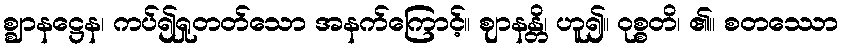
စ္ဈာနဋ္ဌေန၊ ကပ်၍ရှုတတ်သော အနက်ကြောင့်။ ဈာနန္တိ၊ ဟူ၍။ ဝုစ္စတိ၊ ၏။ စတဿော